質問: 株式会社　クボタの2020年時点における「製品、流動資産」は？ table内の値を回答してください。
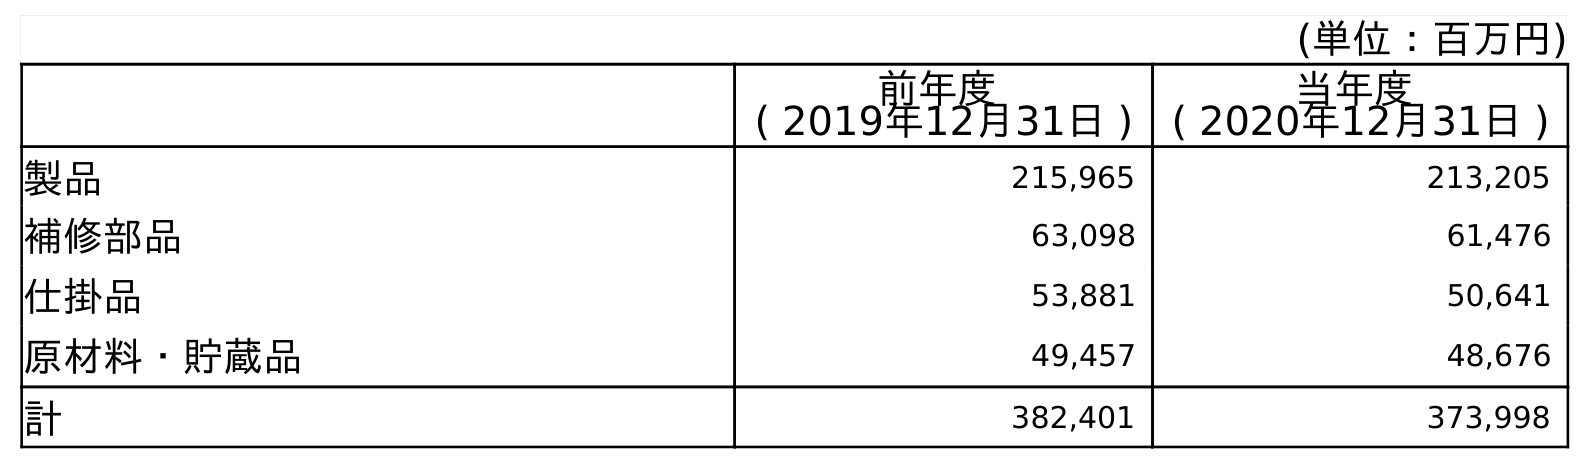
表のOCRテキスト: (単位：百万円) 前年度 ( 2019年12月31日 ) 当年度 ( 2020年12月31日 ) 製品 215,965 213,205 補修部品 63,098 61,476 仕掛品 53,881 50,641 原材料・貯蔵品 49,457 48,676 計 382,401 373,998
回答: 213,205